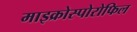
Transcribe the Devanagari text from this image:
माइक्रोस्पोरोफिल